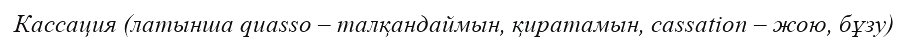
Кассация (латынша quasso – талқандаймын, қиратамын, cassatіon – жою, бұзу)